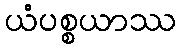
ယံပစ္စယာဿ